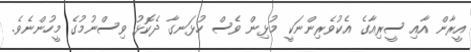
އީރާން އާއި ސީރިއާގެ އެކުވެރިންނަކީ މުޅިން ވެސް ހުޅަނގާ ދެކޮޅު ވިސްނުމުގެ މީހުންނެވެ.